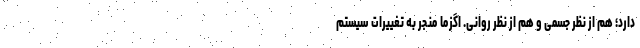
دارد؛ هم از نظر جسمی و هم از نظر روانی. اگزما منجر به تغییرات سیستم